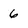
Character: 6